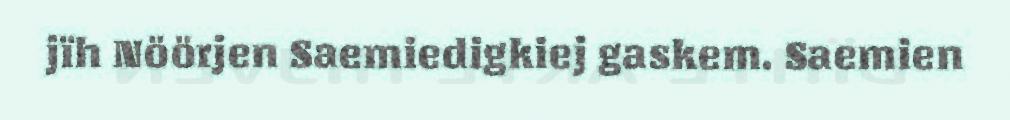
jïh Nöörjen Saemiedigkiej gaskem. Saemien